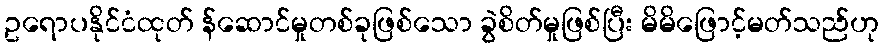
ဥရောပနိုင်ငံထုတ် န်ဆောင်မှုတစ်ခုဖြစ်သော ခွဲစိတ်မှုဖြစ်ပြီး မိမိဖြောင့်မတ်သည်ဟု